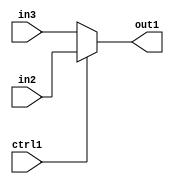
`timescale 1ps / 1ps
/*****************************************************************************
    Verilog RTL Description
    
    
    Created by: Stratus DpOpt 2019.1.01 
*******************************************************************************/

module DC_Filter_N_Muxb_1_2_4_4 (
	in3,
	in2,
	ctrl1,
	out1
	); /* architecture "behavioural" */ 
input  in3,
	in2,
	ctrl1;
output  out1;
wire  asc001;

reg [0:0] asc001_tmp_0;
assign asc001 = asc001_tmp_0;
always @ (ctrl1 or in2 or in3) begin
	case (ctrl1)
		1'B1 : asc001_tmp_0 = in2 ;
		default : asc001_tmp_0 = in3 ;
	endcase
end

assign out1 = asc001;
endmodule

/* CADENCE  uLHyTw0= : u9/ySgnWtBlWxVPRXgAZ4Og= ** DO NOT EDIT THIS LINE ******/